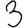
Digit: 3